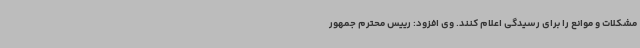
مشکلات و موانع را برای رسیدگی اعلام کنند. وی افزود: رییس محترم جمهور